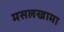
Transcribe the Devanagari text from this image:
मसलखामा